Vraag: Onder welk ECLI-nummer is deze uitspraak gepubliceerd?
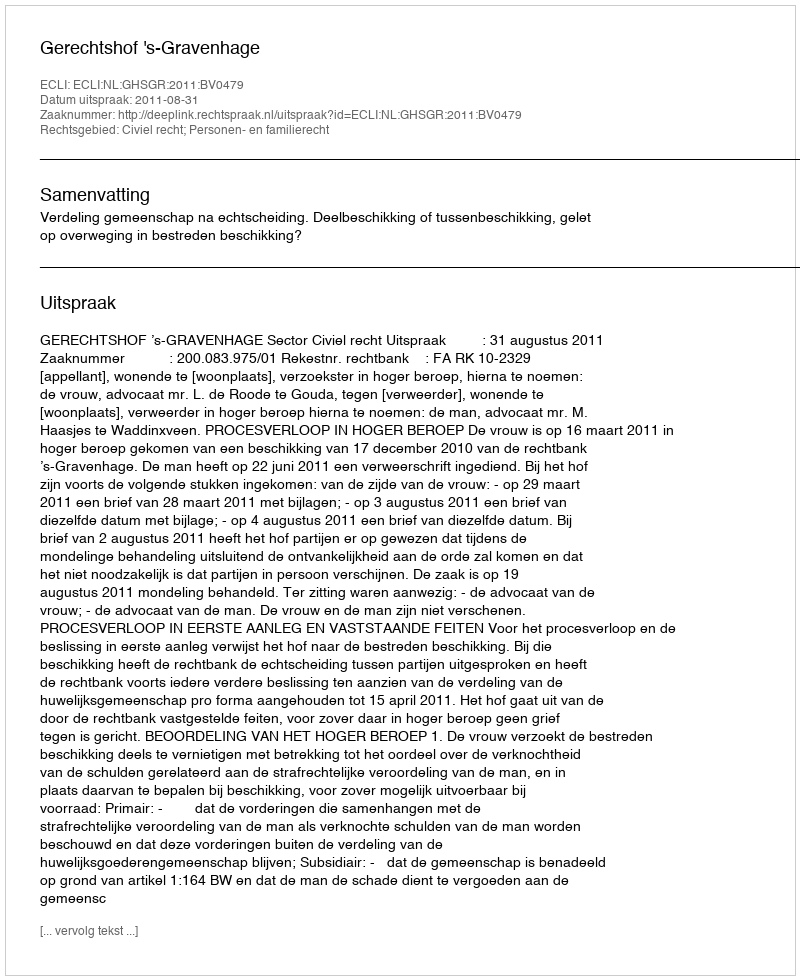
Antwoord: ECLI:NL:GHSGR:2011:BV0479